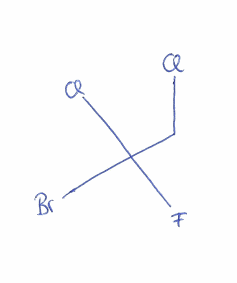
Simplified molecular-input line-entry system (SMILES) notation of the given molecule:
C(C(F)(Cl)Br)Cl